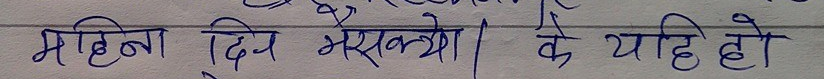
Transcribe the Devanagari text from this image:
महिना दिन भैसक्यो। के यहि हो